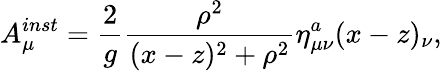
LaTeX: A_{\mu}^{inst}=\frac{2}{g}\frac{\rho^{2}}{(x-z)^{2}+\rho^{2}}\eta_{\mu\nu}^{a}(x-z)_{\nu},